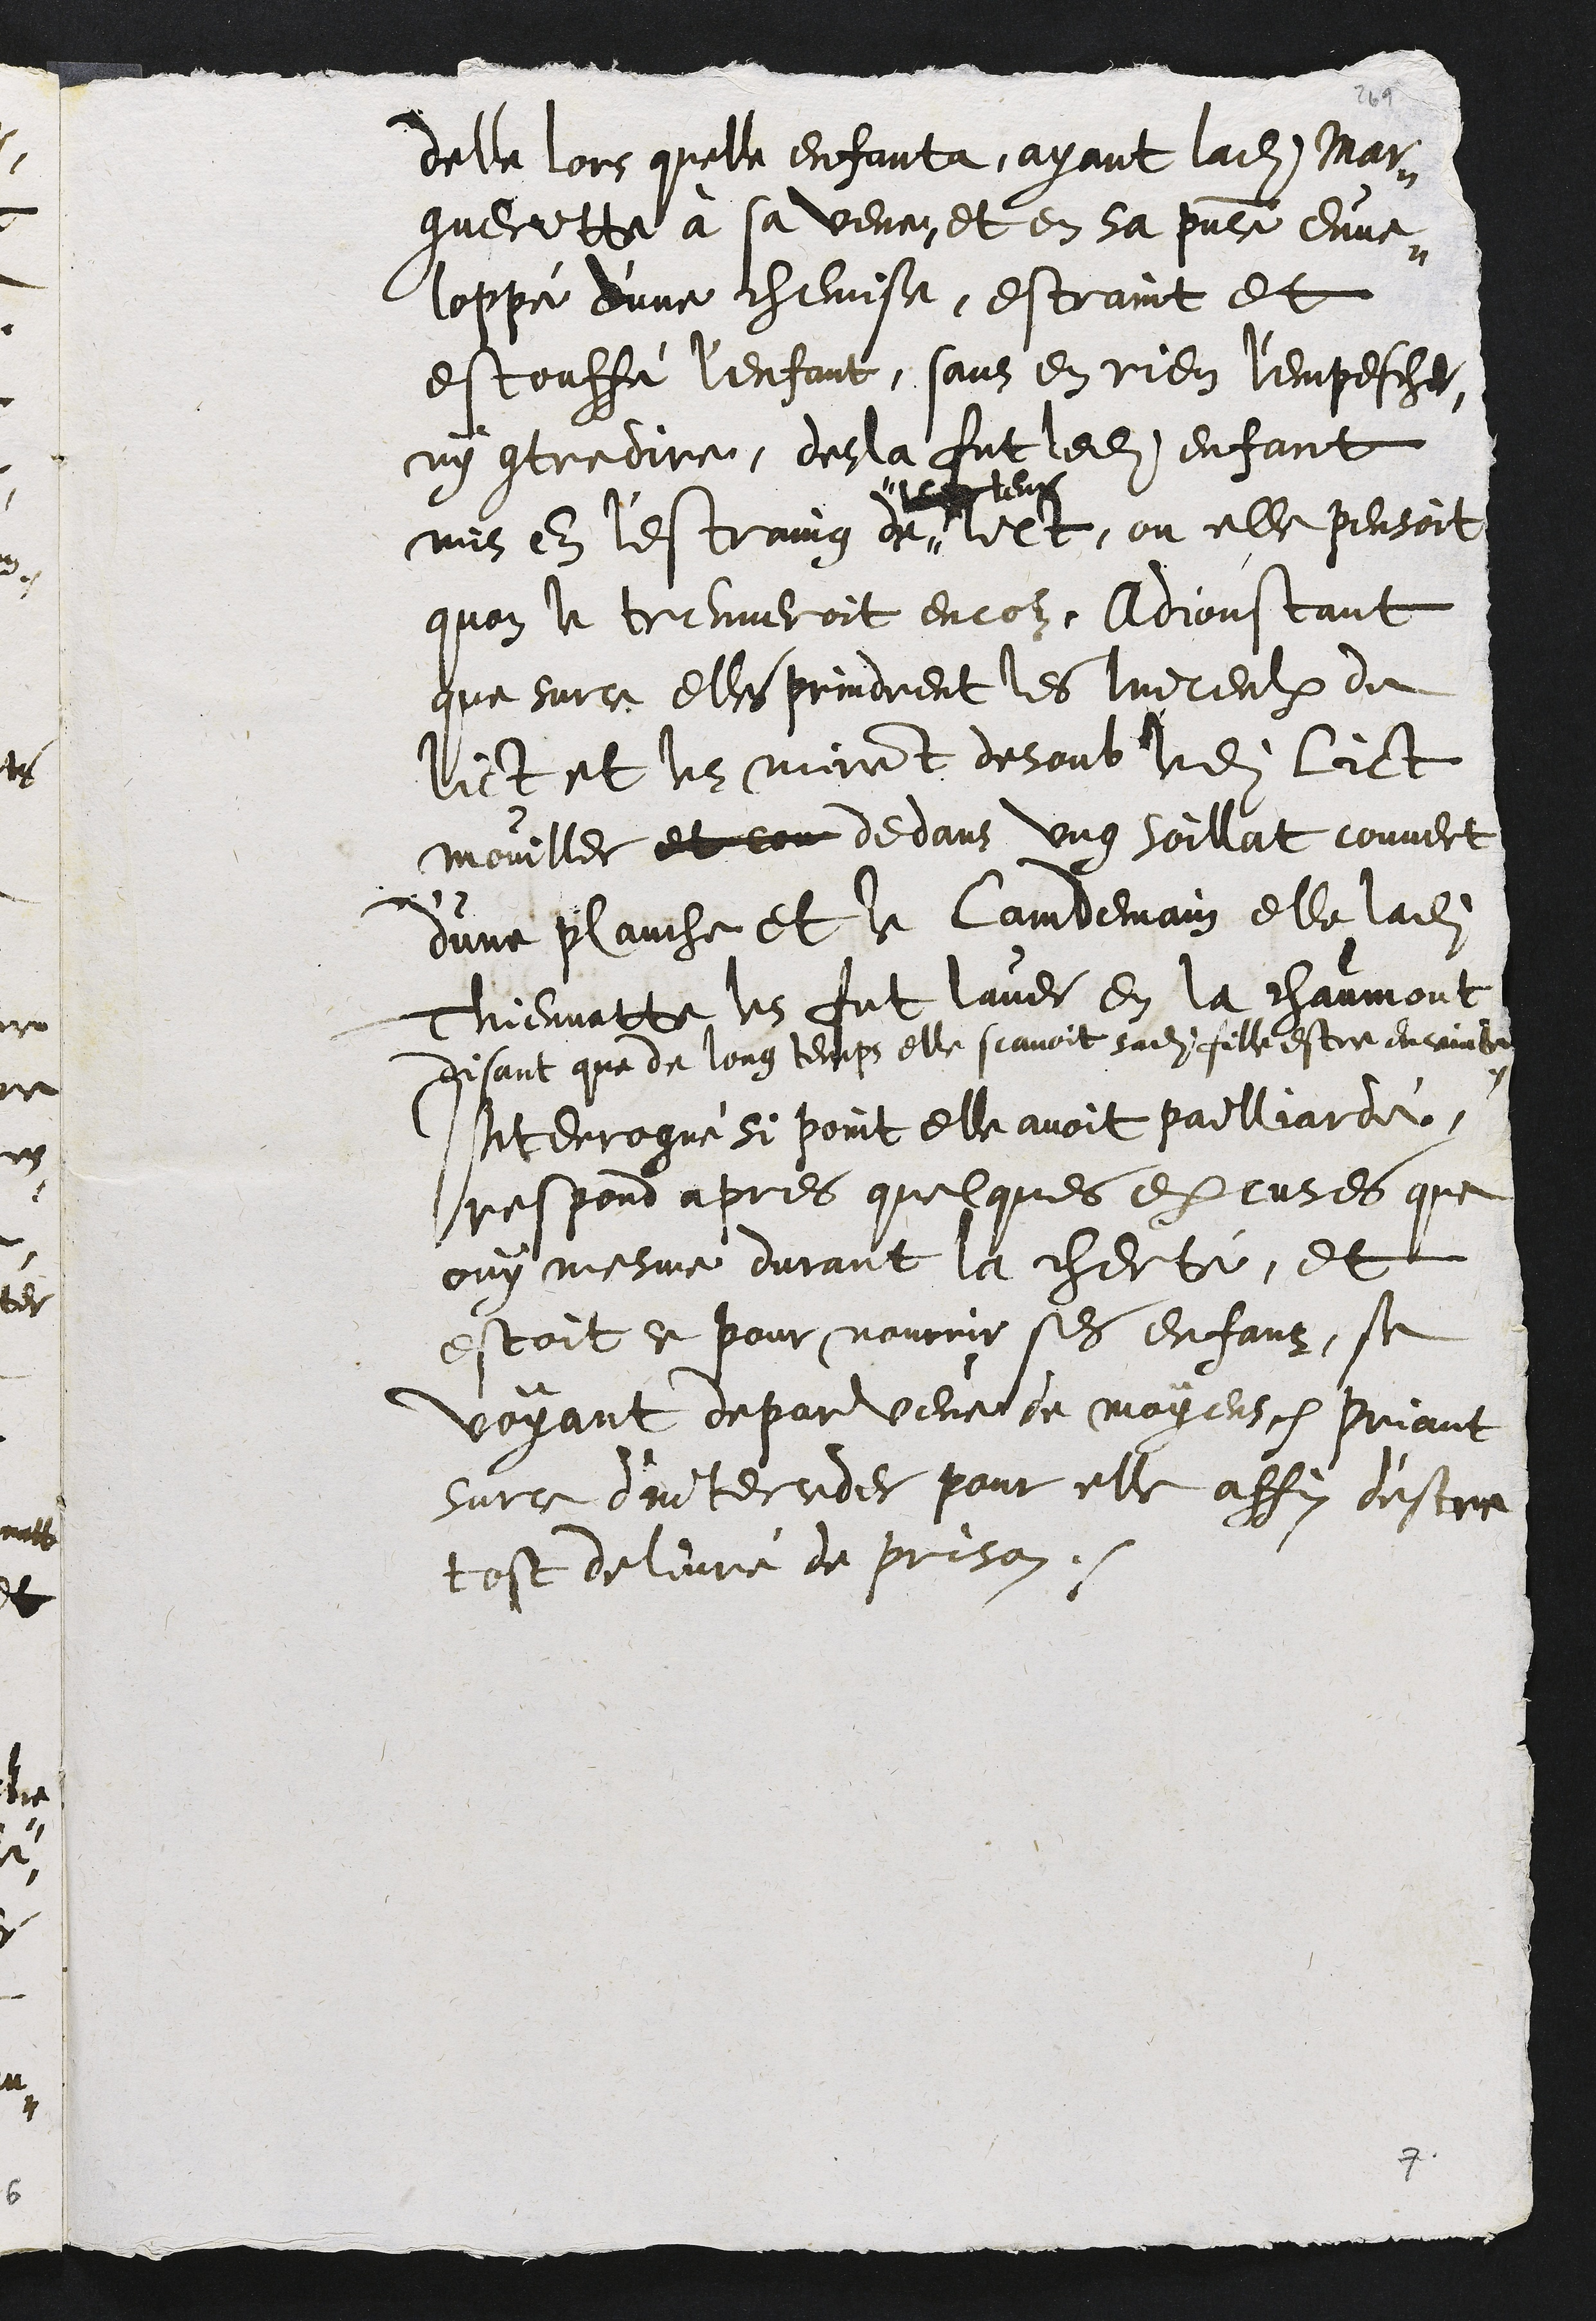
delle lors quelle enfanta, ayant ladite Mar-
gueritte à sa veue et en sa presence enve-
loppé d’une chemisse, estraint et
estouffé l'enfant, sans en rien l'empescher
ny contredire, desla fut ledit enfant
mis en l'estraing de 
# leur
lict, ou elle pensoit
quon le treuveroit encor. Adjoustant
que surce elles prindrent les linceulx du
lict et les mirent desoub ledit lict
mouiller et con dedans ung soillat couvert
d'une planche et le lamdemain elle ladite
Thiennatte, les fut laver en la chaumont
disant que de long temps elle scavoit sadite fille estre enceinte
Interrogue si point elle avoit pailliardé
respond apres quelques excuses que
ouy mesme durant la cherté, et
estoit ce pour nourrir ses enfans, se
voyant depourveue de moyens priant
Surce d'interceder pour elle affin d'estre
tost delivré de prison.
7